Lunatic asylums in Bengal annual reports 1888-1898 - 1888-1898
Year: 1888
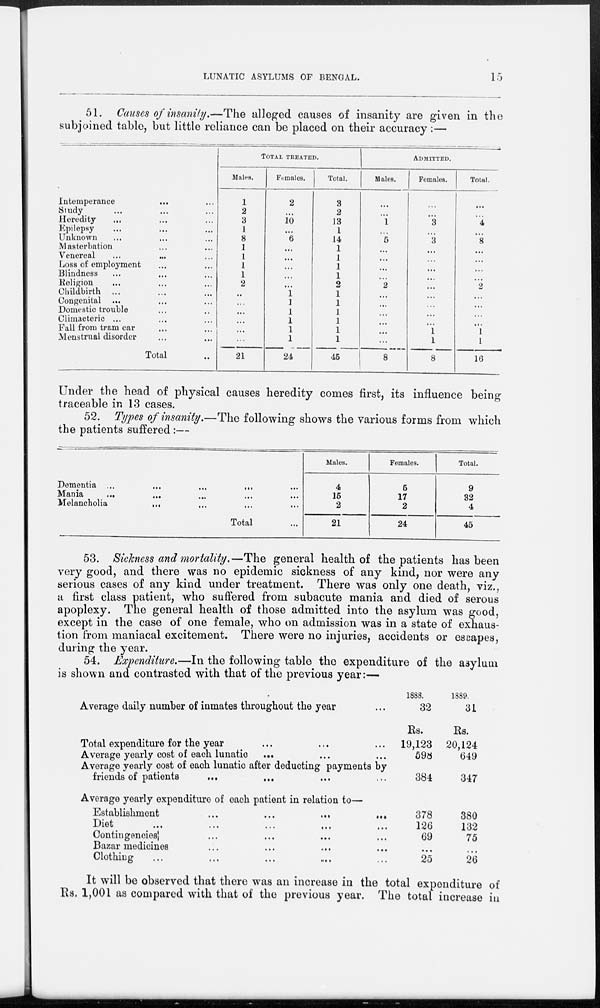
LUNATIC ASYLUMS OF BENGAL.
15
51. Causes of insanity.—The alleged causes of insanity are given in the
subjoined table, but little reliance can be placed on their accuracy:—
Intemperance ... ...
Study ... ... ...
Heredity ... ... ...
Epilepsy ... ... ...
Unknown ... ... ...
Masterbation ... ...
Venereal ... ... ...
Loss of employment ... ...
Blindness ... ... ...
Religion ... ... ... ...
Childbirth ... ... ...
Congenital ... ... ...
Domestic trouble ... ...
Climacteric ... ... ...
Fall from tram car ... ...
Menstrual disorder ... ...
Total ...
TOTAL
TREATED.
Males.
1
2
3
1
8
1
1
1
1
2
...
...
...
...
...
...
21
Females.
2
...
10
...
6
...
...
...
...
...
1
1
1
1
1
1
24
Total.
3
2
13
1
14
...
...
...
...
2
...
...
...
...
...
...
45
ADMITTED.
Males.
...
...
1
...
5
...
...
...
...
2
...
...
...
...
...
...
8
Females.
...
...
3
...
3
...
...
...
...
...
...
...
...
...
1
1
8
Total.
...
...
4
...
8
...
...
...
...
2
...
...
...
...
1
1
16
Under the head of physical causes heredity comes first, its influence being
traceable in 13 cases.
52. Types of insanity.—The following shows the various forms from which
the patients suffered:—
Dementia
...
...
...
...
Mania
...
...
...
...
Melancholia ... ... ...
Total ...
Males.
4
15
2
21
Females.
5
17
2
24
Total.
9
32
4
45
53. Sickness and mortality.—The general health of the patients has been
very good, and there was no epidemic sickness of any kind, nor were any
serious cases of any kind under treatment. There was only one death, viz.,
a first class patient, who suffered from subacute mania and died of serous
apoplexy. The general health of those admitted into the asylum was good,
except in the case of one female, who on admission was in a state of exhaus-
tion from maniacal excitement. There were no injuries, accidents or escapes,
during the year.
54. Expenditure.—In the following table the expenditure of the asylum
is shown and contrasted with that of the previous year:—
Average daily number of inmates throughout the year ...
Total expenditure for the year ... ... ...
Average yearly cost of each lunatic ... ... ...
Average yearly cost of each lunatic after deducting payments by
friends of patients ... ... ... ...
Average yearly expenditure of each patient in relation to—
Establishment
...
...
...
...
Diet ... ... ... ... ...
Contingencies ... ... ... ... ...
Bazar medicines ... ... ... ...
Clothing ... ... ... ...
1888.
32
Rs.
19,123
598
384
378
126
69
...
25
1889.
31
Rs.
20,124
649
347
380
132
75
...
26
It will be observed that there was an increase in the total expenditure of
Rs. 1,001 as compared with that of the previous year. The total increase in